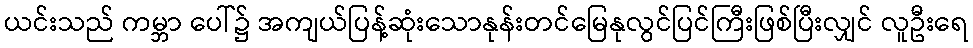
ယင်းသည် ကမ္ဘာ ပေါ်၌ အကျယ်ပြန့်ဆုံးသောနုန်းတင်မြေနုလွင်ပြင်ကြီးဖြစ်ပြီးလျှင် လူဦးရေ